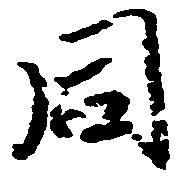
同